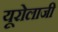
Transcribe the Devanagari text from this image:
यूरोलाजी